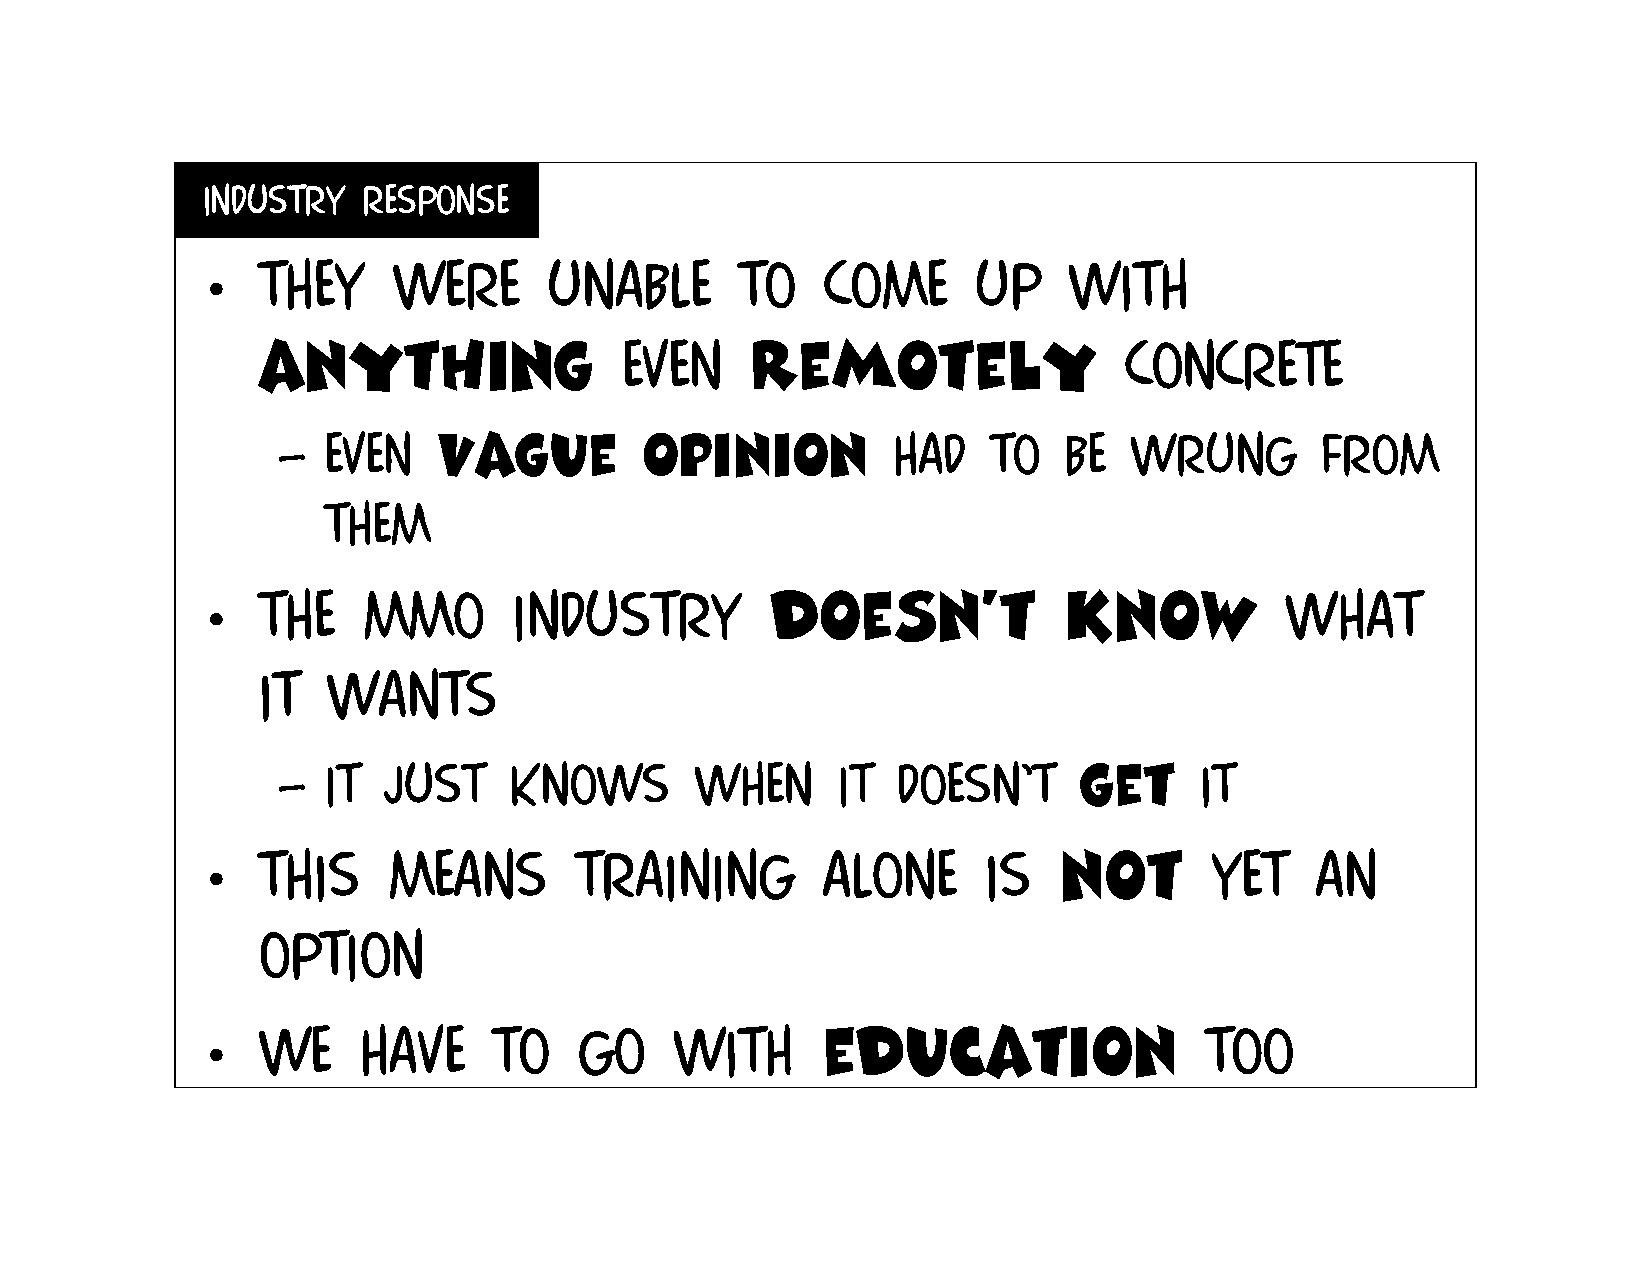
Industry   response
 •   They     were      unable       to    come      up    with
 anything                even     remotely                concrete
 –  Even    vague        opinion          had    to  be   wrung       from
 them
 •   The    mmo       Industry         doesn’t            know           what
 it   wants
 –  It  just     knows       when     it  doesn’t     get     it
 •   This     means       training        alone      is   not       yet    an
 option
 •   We     have     to   go     with     education                 too